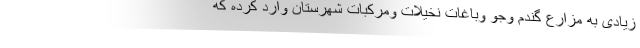
زیادی به مزارع گندم وجو وباغات نخیلات ومرکبات شهرستان وارد کرده که